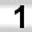
Digit: 1